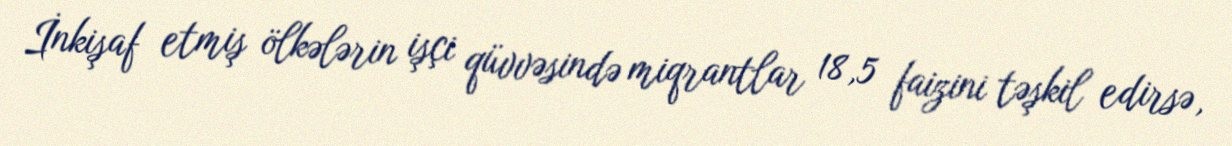
İnkişaf etmiş ölkələrin işçi qüvvəsində miqrantlar 18,5 faizini təşkil edirsə,